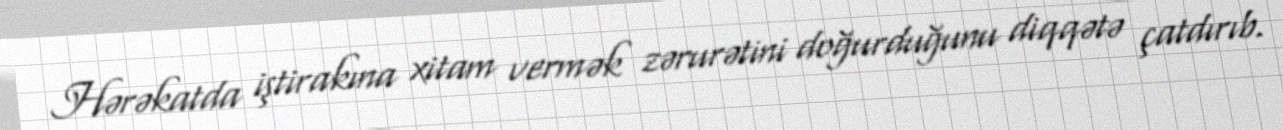
Hərəkatda iştirakına xitam vermək zərurətini doğurduğunu diqqətə çatdırıb.